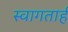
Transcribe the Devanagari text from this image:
स्‍वागतार्ह